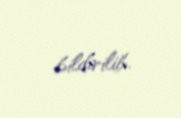
bildirilib.